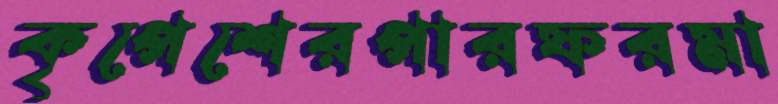
কৃপেশেরপারফরমা